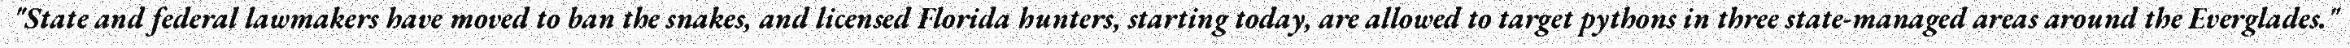
"State and federal lawmakers have moved to ban the snakes, and licensed Florida hunters, starting today, are allowed to target pythons in three state-managed areas around the Everglades."